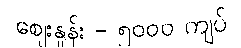
စျေးနှုန်း - ၅၀၀၀ ကျပ်